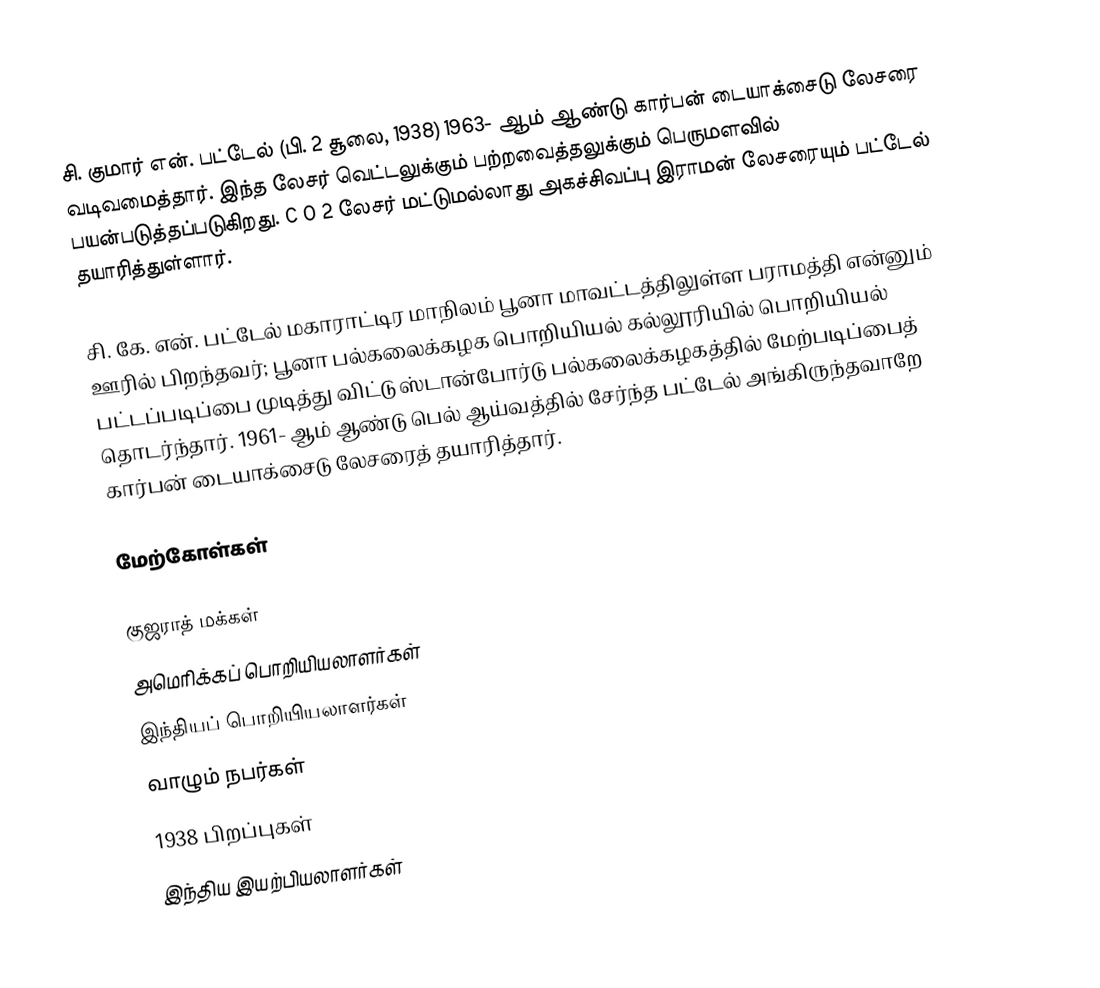
சி. குமார் என். பட்டேல் (பி. 2 சூலை, 1938) 1963- ஆம் ஆண்டு கார்பன் டையாக்சைடு லேசரை வடிவமைத்தார். இந்த லேசர் வெட்டலுக்கும் பற்றவைத்தலுக்கும் பெருமளவில் பயன்படுத்தப்படுகிறது. C O 2 லேசர் மட்டுமல்லாது அகச்சிவப்பு இராமன் லேசரையும் பட்டேல் தயாரித்துள்ளார்.

சி. கே. என். பட்டேல் மகாராட்டிர மாநிலம் பூனா மாவட்டத்திலுள்ள பராமத்தி என்னும் ஊரில் பிறந்தவர்; பூனா பல்கலைக்கழக பொறியியல் கல்லூரியில் பொறியியல் பட்டப்படிப்பை முடித்து விட்டு ஸ்டான்போர்டு பல்கலைக்கழகத்தில் மேற்படிப்பைத் தொடர்ந்தார். 1961- ஆம் ஆண்டு பெல் ஆய்வத்தில் சேர்ந்த பட்டேல் அங்கிருந்தவாறே கார்பன் டையாக்சைடு லேசரைத் தயாரித்தார்.

மேற்கோள்கள்

குஜராத் மக்கள்
அமெரிக்கப் பொறியியலாளர்கள்
இந்தியப் பொறியியலாளர்கள்
வாழும் நபர்கள்
1938 பிறப்புகள்
இந்திய இயற்பியலாளர்கள்